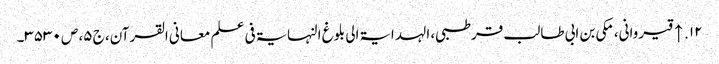
۱۲. ↑ قیروانی، مکی بن ابی طالب قرطبی، الہدایۃ الی بلوغ النہایۃ فی علم معانی القرآن، ج ۵، ص ۳۵۳۰۔